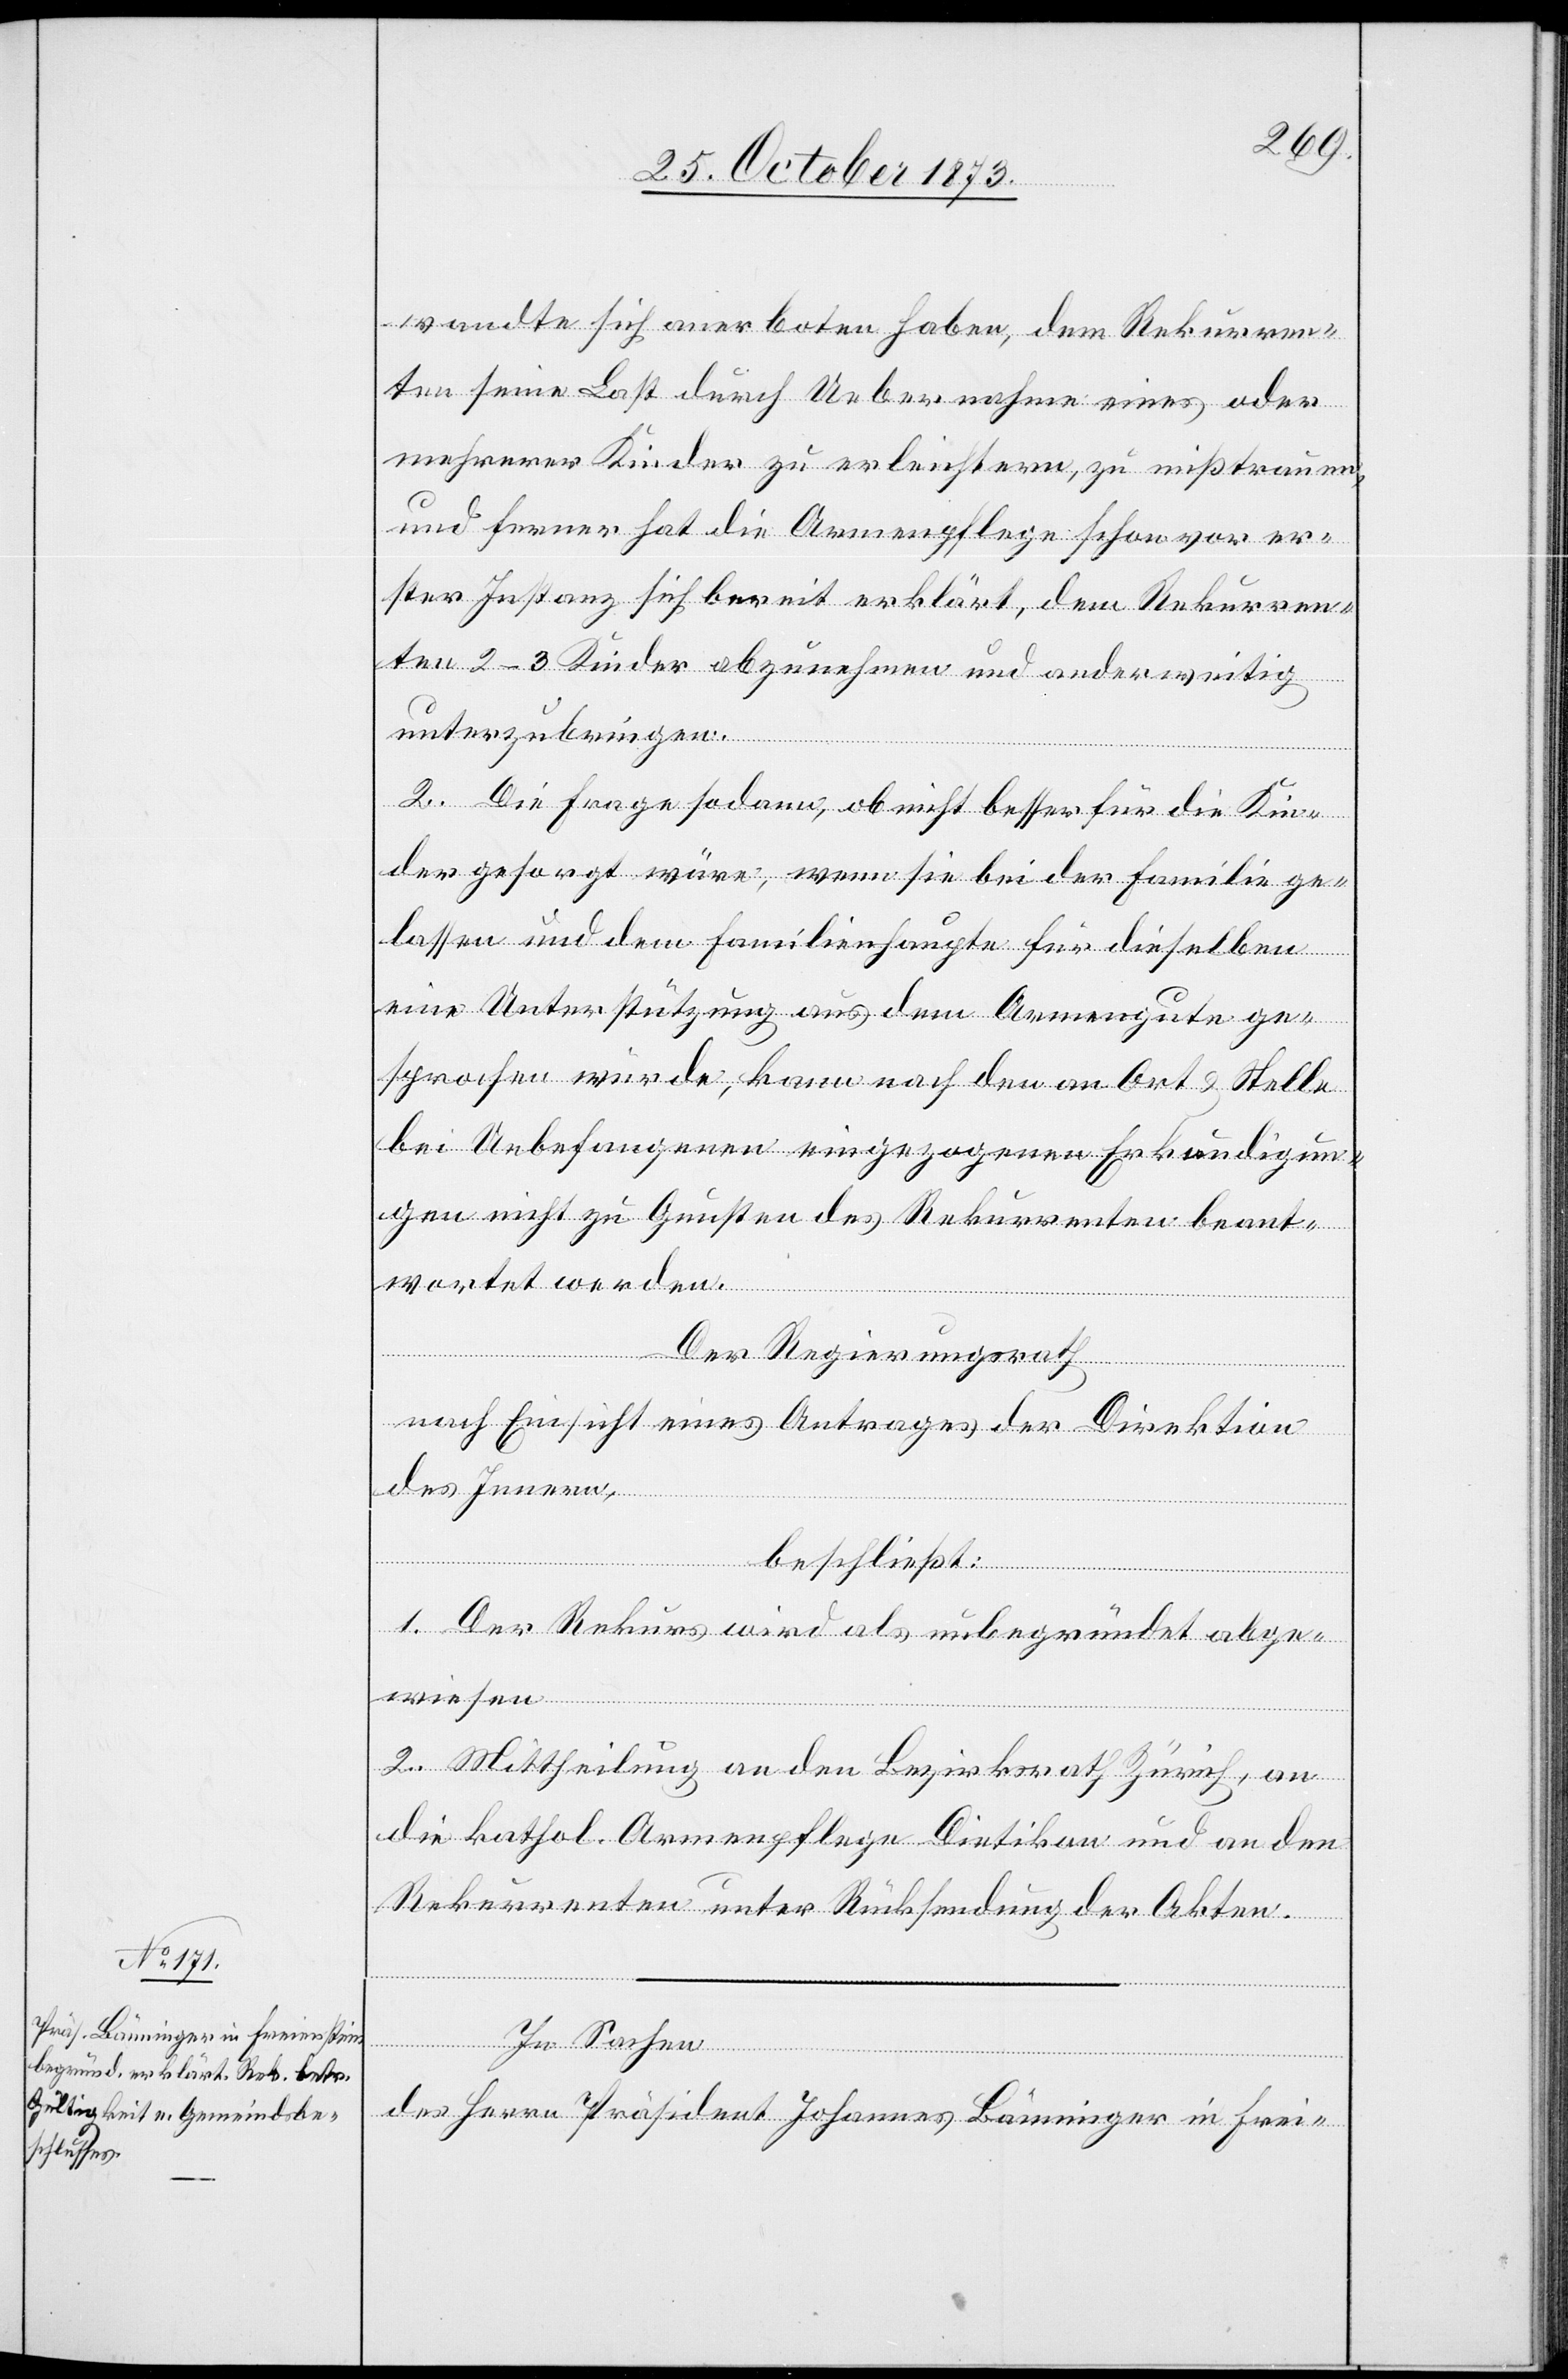
wandte sich anerboten haben, dem Rekurren¬
ten seine Last durch Uebernahme eines oder
mehrerer Kinder zu erleichtern, zu mißtrauen,
und ferner hat die Armenpflege schon vor er¬
ster Instanz sich bereit erklärt, dem Rekurren¬
ten 2–3 Kinder abzunehmen und anderweitig
unterzubringen.
2. Die Frage sodann, ob nicht besser für die Kin¬
der gesorgt wäre, wenn sie bei der Familie ge¬
lassen und dem Familienhaupte für dieselben
eine Unterstützung aus dem Armengute ge¬
sprochen würde, kann nach den an Ort & Stelle
bei Unbefangenen eingezogenen Erkundigun¬
gen nicht zu Gunsten des Rekurrenten beant¬
wortet werden.
Der Regierungsrath
nach Einsicht eines Antrages der Direktion
des Innern,
beschließt:
1. Der Rekurs wird als unbegründet abge¬
wiesen.
2. Mittheilung an den Bezirksrath Zürich, an
die kathol. Armenpflege Dietikon und an den
Rekurrenten unter Rücksendung der Akten.
In Sachen
des Herrn Präsident Johannes Bänninger in Frei-